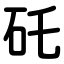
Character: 矺